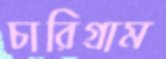
চারিগ্রাম